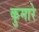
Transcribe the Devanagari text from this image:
कुमारे